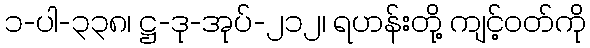
၁-ပါ-၃၃၈၊ ဋ္ဌ-ဒု-အုပ်-၂၁၂၊ ရဟန်းတို့ ကျင့်ဝတ်ကို